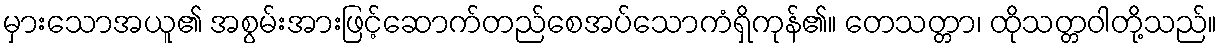
မှားသောအယူ၏ အစွမ်းအားဖြင့်ဆောက်တည်စေအပ်သောကံရှိကုန်၏။ တေသတ္တာ၊ ထိုသတ္တဝါတို့သည်။